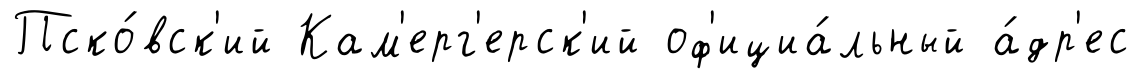
Пско́вск'ий Кам'ерг'ерск'ий оф'ициа́льный а́др'ес